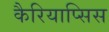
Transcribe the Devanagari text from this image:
कैरियाप्सिस